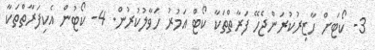
3- ކޯޓަށް ހާޒިރުކުރަންޖެހޭ ފަރާތްތަކާ ކޯޓް އަމުރު ހަވާލުކުރުން. 4- ކޯޓުން އެކިފަރާތްތަކާ